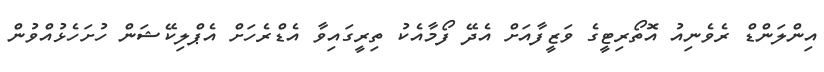
އިންލަންޑް ރެވެނިއު އޮތޯރިޓީގެ ވަޒީފާއަށް އެދޭ ފޯމާއެކު ތިރީގައިވާ އެޑްރެހަށް އެޕްލިކޭޝަން ހުށަހެޅުއްވުން